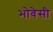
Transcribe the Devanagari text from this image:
भोवेसी